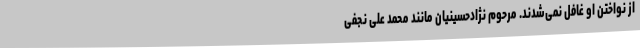
از نواختن او غافل نمی‌شدند. مرحوم نژاد‌حسینیان مانند محمد علی نجفی